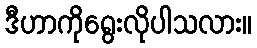
ဒီဟာကိုရွေးလိုပါသလား။